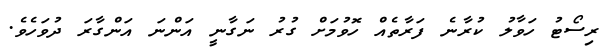
ރިސޯޓު ހަވާލު ކުރާނެ ފަރާތެއް ހޮވުމަށް ގުރު ނަގާނީ އަންނަ އަންގާރަ ދުވަހެވެ.